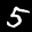
Label: 5